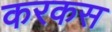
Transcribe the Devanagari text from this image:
करकस